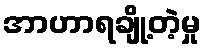
အာဟာရချို့တဲ့မှု